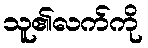
သူ၏လက်ကို